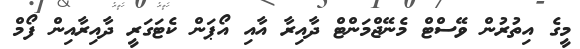
މީގެ އިތުރުން ވޭސްޓް މެނޭޖްމަންޓް ދާއިރާ އާއި އޯޕަން ކެޓަގަރީ ދާއިރާއިން ފޯމް